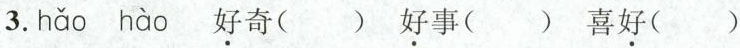
3. hǎo hào \underset{·}{好}奇( ) \underset{·}{好}事( ) 喜\underset{·}{好}( )